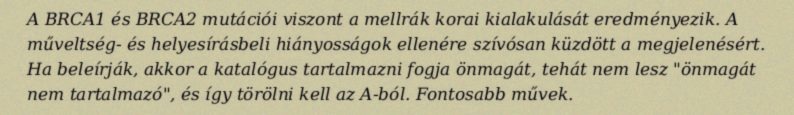
A BRCA1 és BRCA2 mutációi viszont a mellrák korai kialakulását eredményezik. A műveltség- és helyesírásbeli hiányosságok ellenére szívósan küzdött a megjelenésért. Ha beleírják, akkor a katalógus tartalmazni fogja önmagát, tehát nem lesz "önmagát nem tartalmazó", és így törölni kell az A-ból. Fontosabb művek.